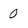
Character: 0